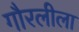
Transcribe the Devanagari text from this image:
गौरलीला